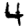
Digit: 4